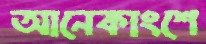
আনেকাংশে